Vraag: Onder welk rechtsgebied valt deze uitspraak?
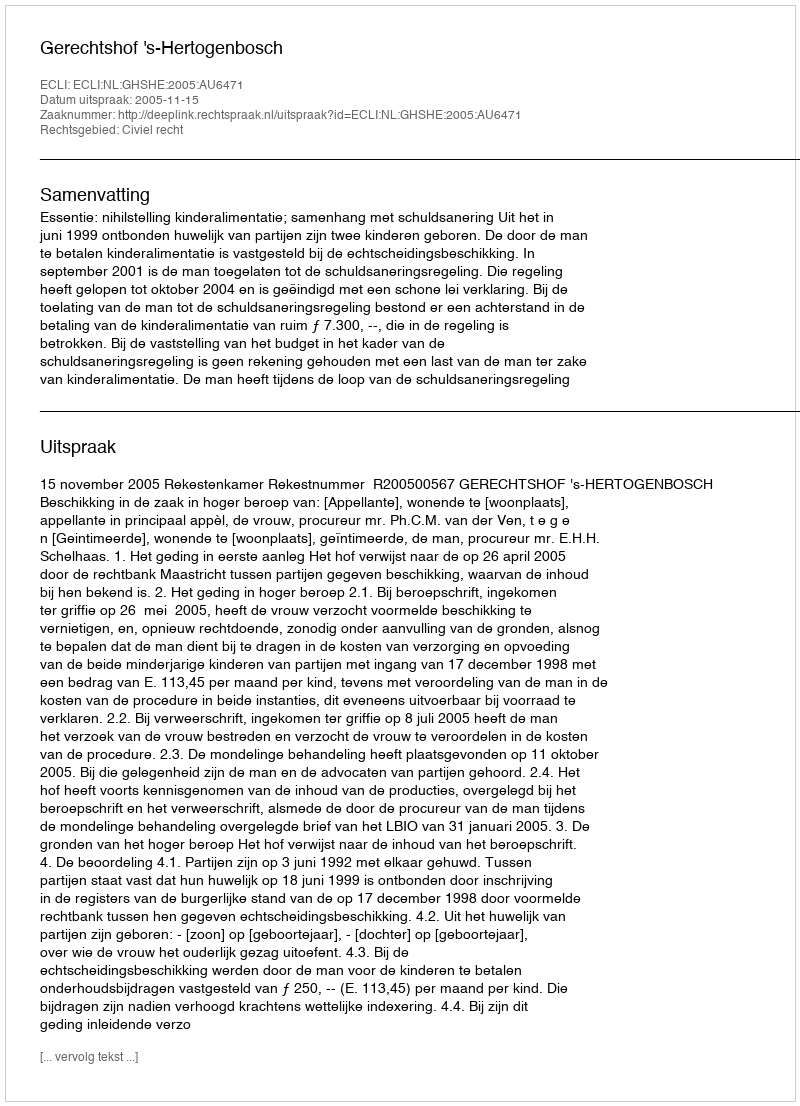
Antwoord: Civiel recht